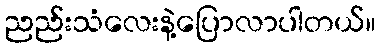
ညည်းသံလေးနဲ့ပြောလာပါတယ်။